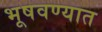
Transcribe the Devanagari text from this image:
भूषवण्यात